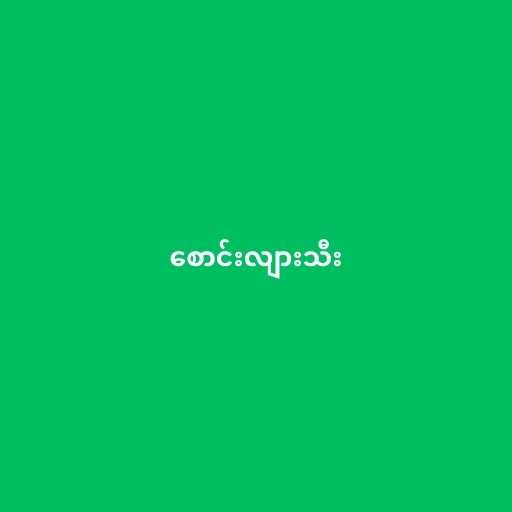
စောင်းလျားသီး